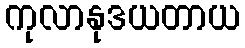
ကုလာနုဒယတာယ